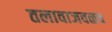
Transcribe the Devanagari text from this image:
तलावाजवळच